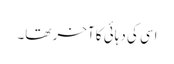
اسی کی دہائی کا آخر تھا۔